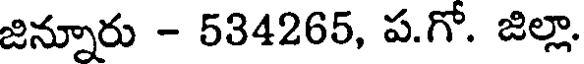
జిన్నూరు - 534265, ప.గో. జిల్లా.